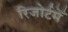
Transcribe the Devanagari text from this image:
रिजोर्टमेँ